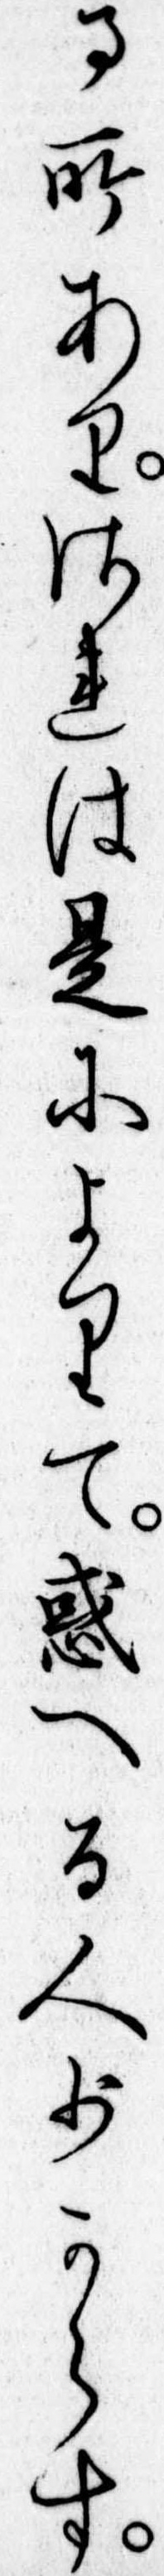
る所ありされは是によりて惑へる人少からす